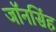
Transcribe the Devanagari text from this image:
जॉनसिंह